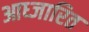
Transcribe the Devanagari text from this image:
आध्जारित